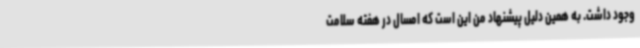
وجود داشت. به همین دلیل پیشنهاد من این است که امسال در هفته سلامت